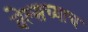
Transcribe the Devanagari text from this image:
वेल्सच्याच